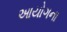
આયોગના